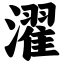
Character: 濯